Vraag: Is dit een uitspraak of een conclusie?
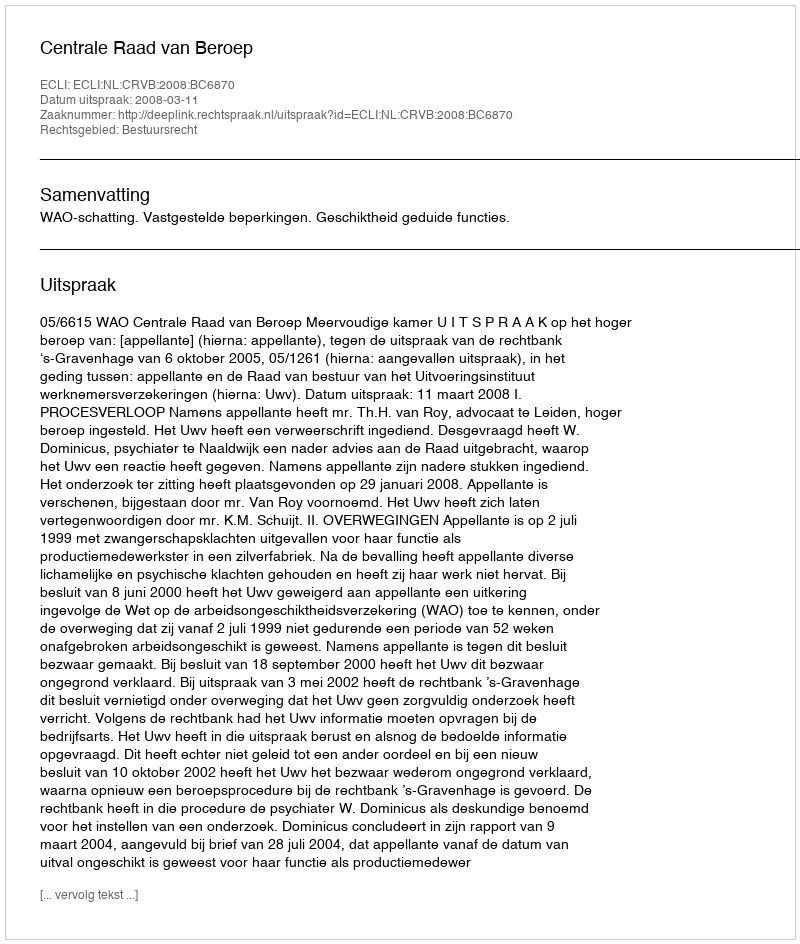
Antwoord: Uitspraak